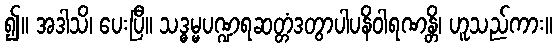
၍။ အဒါသိ၊ ပေးပြီ။ သဒ္ဓမ္မပဏ္ဍရဆတ္တံဒတွာပါပနိဝါရဏန္တိ၊ ဟူသည်ကား။